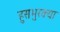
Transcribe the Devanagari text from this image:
हुसभुरक्या